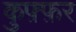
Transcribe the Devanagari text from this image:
कुफ़्फ़र